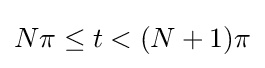
N\pi \leq t<(N+1)\pi